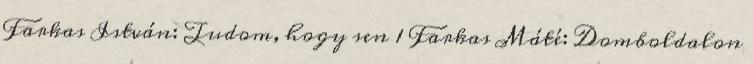
Farkas István: Tudom, hogy sen 1 Farkas Máté: Domboldalon